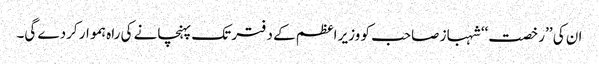
ان کی ’’رخصت‘‘ شہباز صاحب کو وزیر اعظم کے دفتر تک پہنچانے کی راہ ہموار کردے گی۔